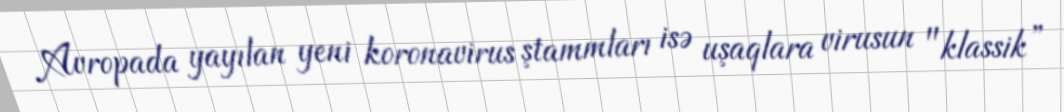
Avropada yayılan yeni koronavirus ştammları isə uşaqlara virusun "klassik”